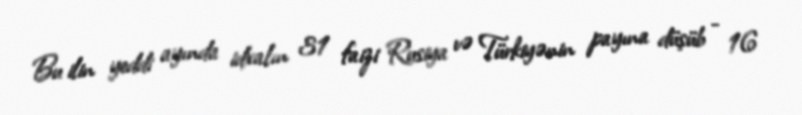
Bu ilin yeddi ayında idxalın 31 faizi Rusiya və Türkiyənin payına düşüb - 16